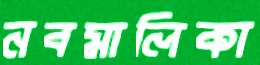
নবমালিকা